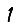
Digit: 1